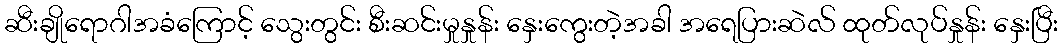
ဆီးချိုရောဂါအခံကြောင့် သွေးတွင်း စီးဆင်းမှုနှုန်း နှေးကွေးတဲ့အခါ အရေပြားဆဲလ် ထုတ်လုပ်နှုန်း နှေးပြီး